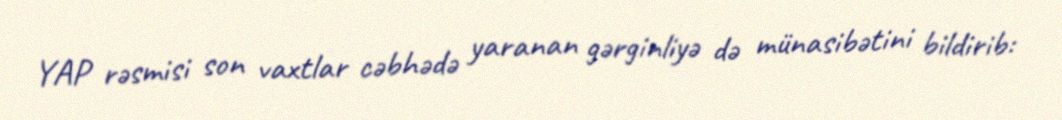
YAP rəsmisi son vaxtlar cəbhədə yaranan gərginliyə də münasibətini bildirib: